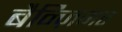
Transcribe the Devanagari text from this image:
बैन्ज़िगर